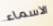
الاسماء